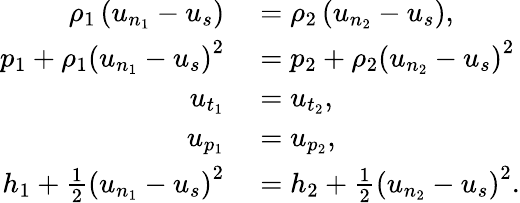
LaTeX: \begin{array}{rl}{\rho_{1}\left(u_{n_{1}}-u_{s}\right)}&{{}=\rho_{2}\left(u_{n_{2}}-u_{s}\right),}\\ {p_{1}+\rho_{1}\left(u_{n_{1}}-u_{s}\right)^{2}}&{{}=p_{2}+\rho_{2}\left(u_{n_{2}}-u_{s}\right)^{2}}\\ {u_{t_{1}}}&{{}=u_{t_{2}},}\\ {u_{p_{1}}}&{{}=u_{p_{2}},}\\ {h_{1}+\frac{1}{2}\left(u_{n_{1}}-u_{s}\right)^{2}}&{{}=h_{2}+\frac{1}{2}\left(u_{n_{2}}-u_{s}\right)^{2}.}\end{array}